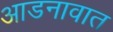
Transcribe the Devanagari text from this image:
आडनावात